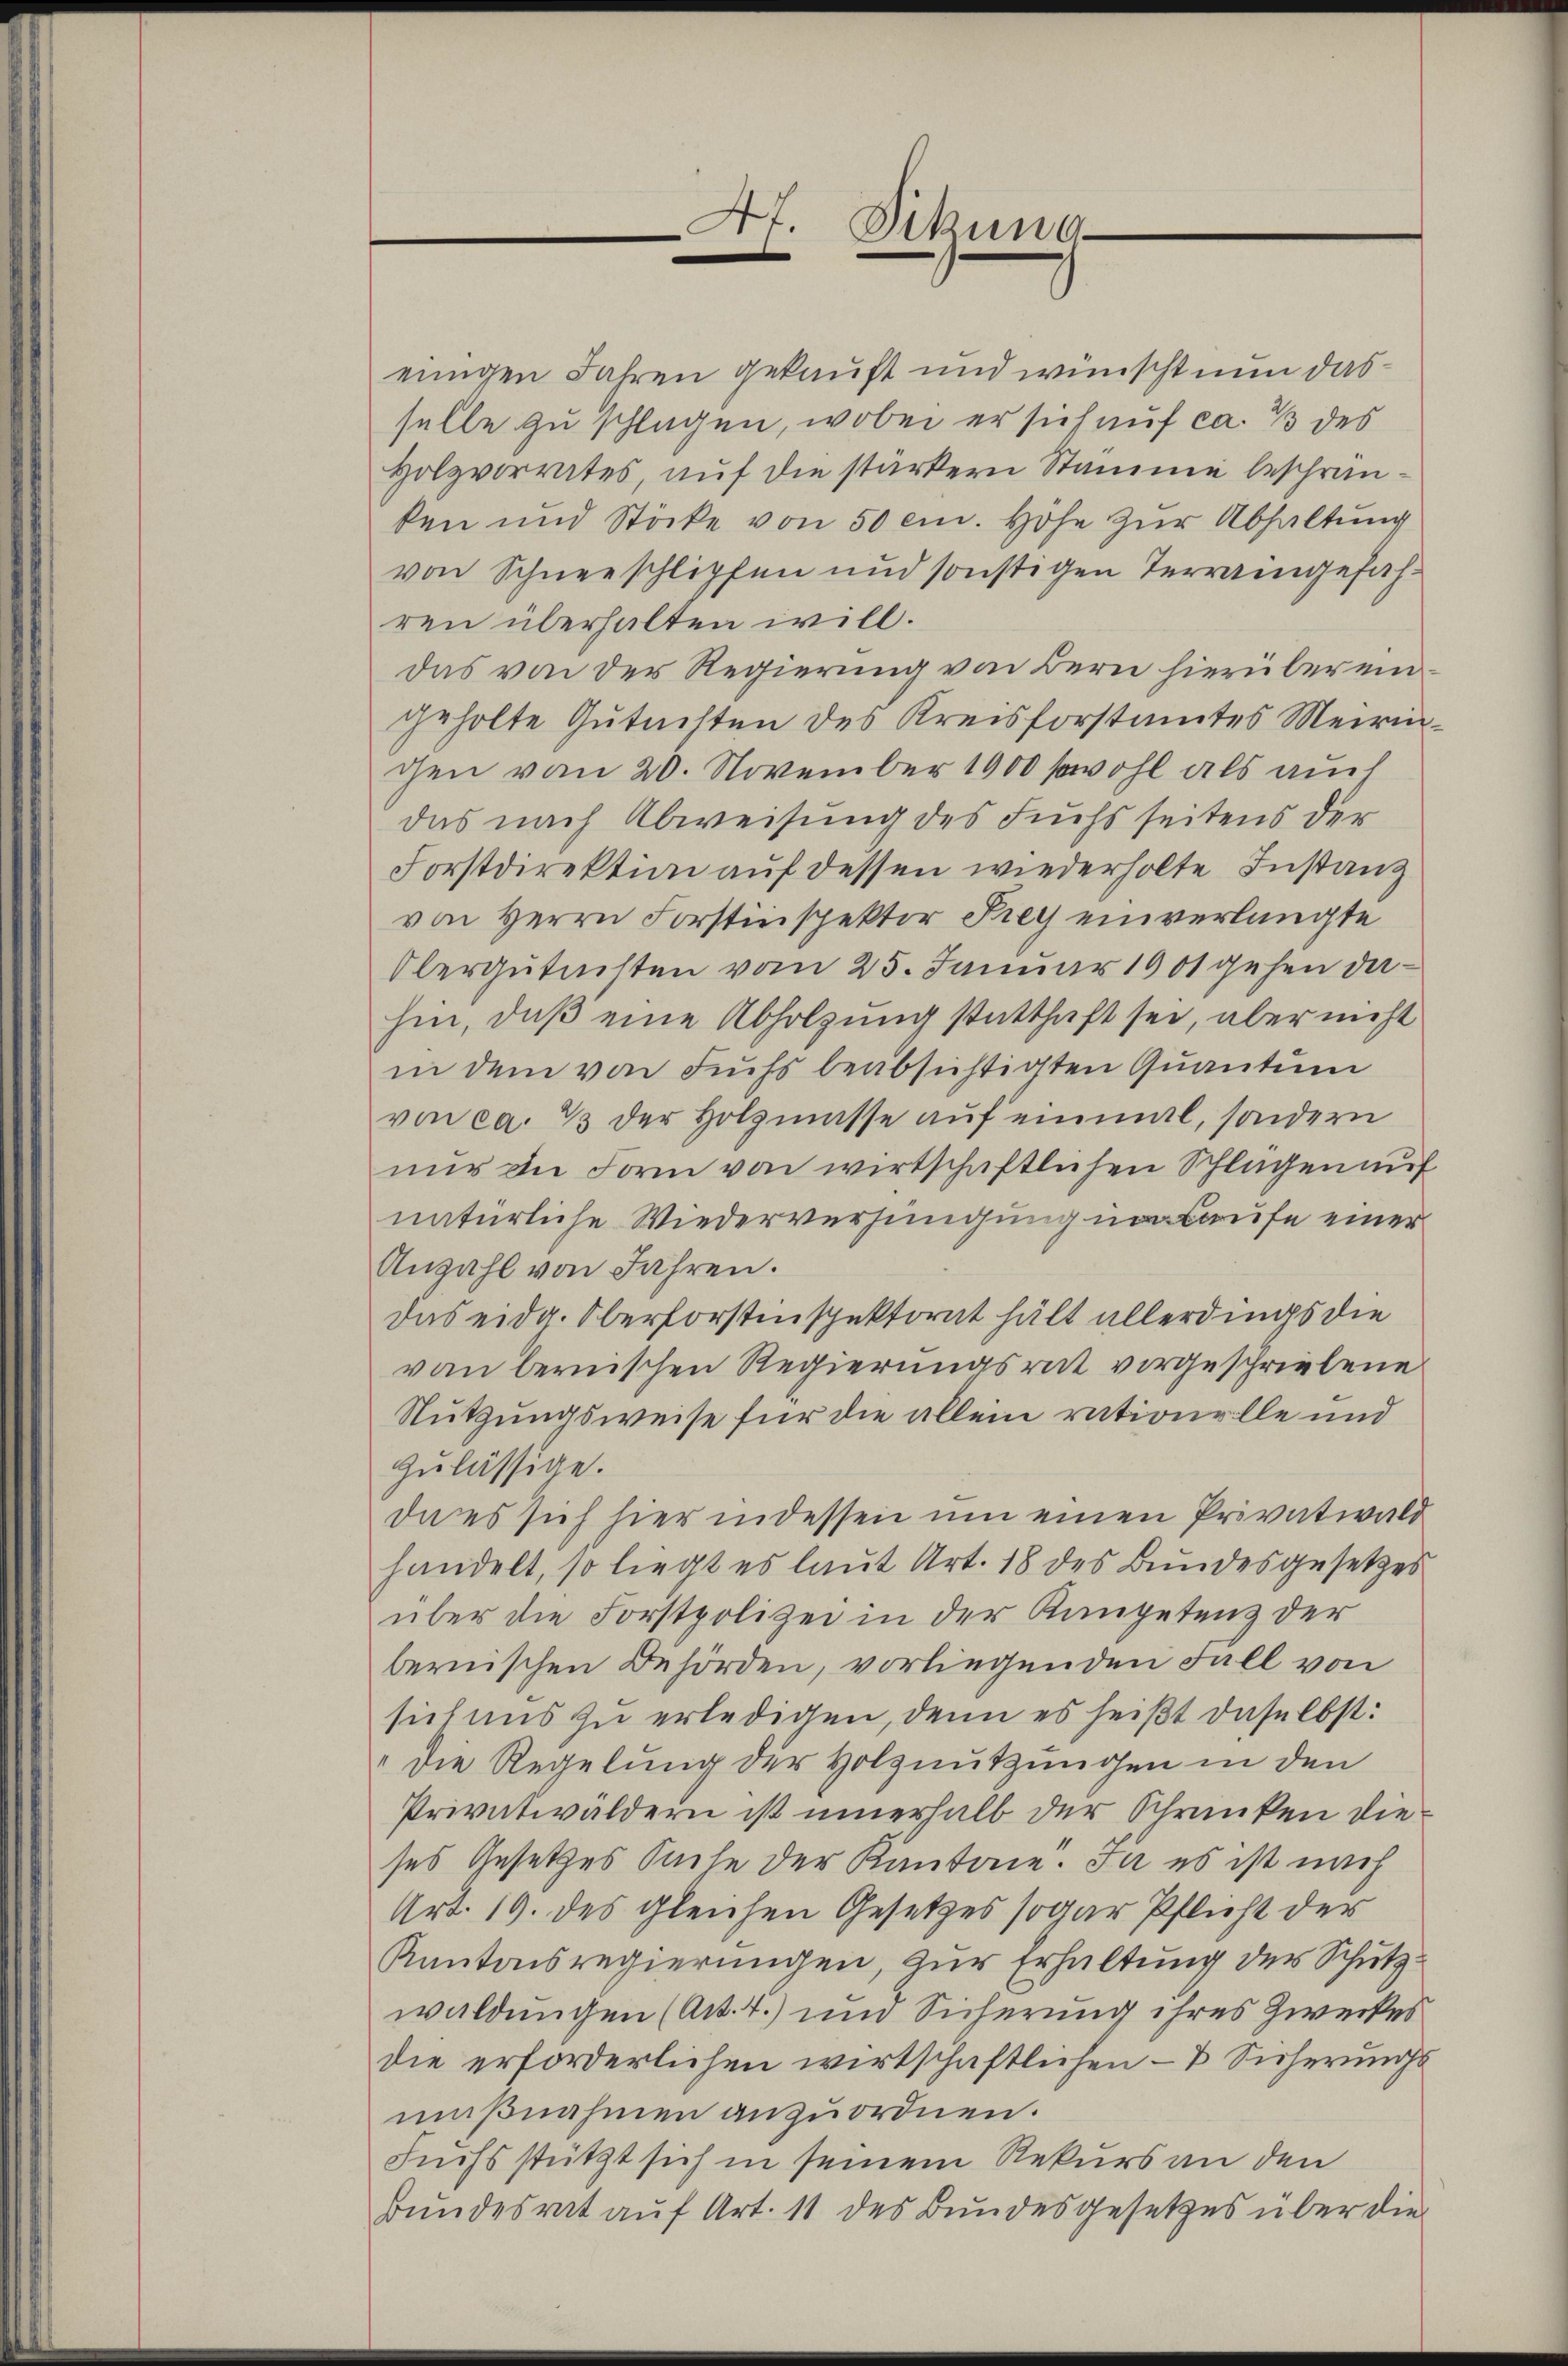
4t. Fikuno
e

einigen Jahren gekauft und wünscht nun dasselle zu schlagen, wobei er sich auf ca. 13 des
Holzvorrates, auf die stärkern Stamme beschränken und Stöcke von 50 cm. Höhe zur Abhaltung
von Schneeschlipfen und sonstigen Terraingefahren überhalten will.
das von der Regierung von Bern hierübereingeholte Gutachten des Kreisforstamtes Meiringen vom 20. November 1900 sowohl als auch
das nach Abweisung des Fuchsseitens der
Forstdirektion auf dessen wiederholte Instanz
von Herrn Forstinspektor Prey einverlangte
Obergutnisten vom 25. Januar 1901 gehen dahin, daß eine Abholzung statthaft sei, aber nicht
in dem von Fuchs beabsichtigten Quantum
von ca. 13 der Holzmasse auf einmal, sondern
nur in Form von wirtschaftlichen Splügen auf
natürliche Wiederverhängung im Laufe einer
Anzahl von Jahren.
das eidg. Oberforstinspektorat hält allerdings die
von bernischen Regierungsrat vorgeschriebene
Nutzungsweise für die allein rationelle und
zulässige.
da es sich hier indessen um einen Privatwald
handelt, so liegt es laut Art. 18 des Bundesgesetzes
über die Forstpolizei in der Kompetenz der
bernischen Behörden, vorliegenden Fall von
sich aus zu erledigen, denn es heißt daselbst:
" die Regelung der Holznutzungen in den
Privatwäldern ist innerhalb der Schranken dieses Gesetzes Sache der Kantone. Ja es ist nach
Art. 19. des gleichen Gesetzes sogar Pflicht der
Kantonsregierungen, zur Erhaltung der Schutzwaldungen (Art. 4.) um Sicherung ihres Zweckes
die erforderlichen wirtschaftlichen – & Sicherungsmaßnahmen anzuordnen.
Fuchs stützt sich in seinem Rekurs an den
Bundesrat auf Art. 11 des Bundesgesetzes über die